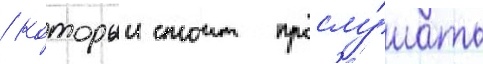
/ которыи стоит прослу́шать